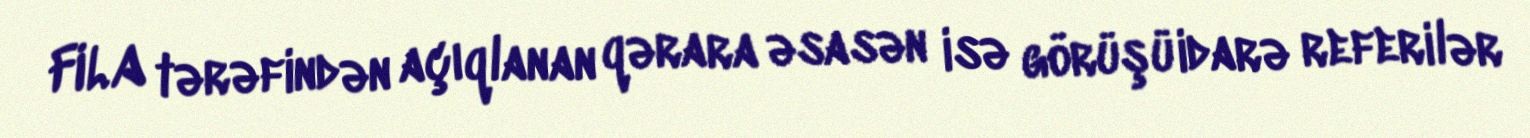
FILA tərəfindən açıqlanan qərara əsasən isə görüşü idarə referilər